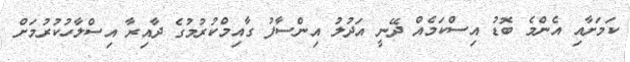
ކަމަށާއި އެންމެ ބޮޑު އިސްކަމެއް ދޭނީ އަދުލު އިންސާފު ގާއިމްކުރުމުގެ ދާއިރާ އިސްލާހުކުރުމަށް